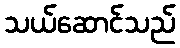
သယ်ဆောင်သည်